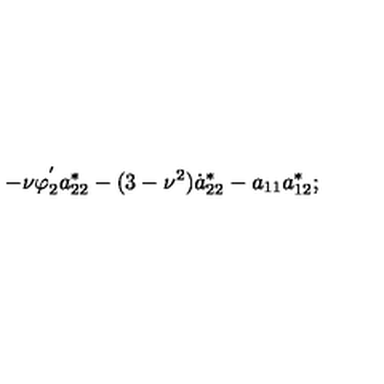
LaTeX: - \nu \varphi _ { 2 } ^ { ' } a _ { 2 2 } ^ { * } - ( 3 - \nu ^ { 2 } ) \dot { a } _ { 2 2 } ^ { * } - a _ { 1 1 } a _ { 1 2 } ^ { * } ;